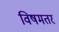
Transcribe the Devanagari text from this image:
विषमतर